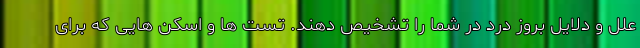
علل و دلایل بروز درد در شما را تشخیص دهند. تست ها و اسکن هایی که برای